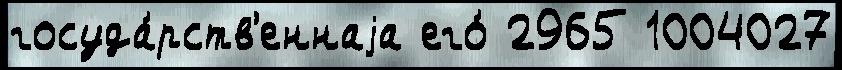
госуда́рств'еннаjа его́ 2965 1004027